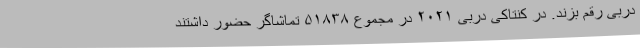
دربی رقم بزند. در کنتاکی دربی ۲۰۲۱ در مجموع ۵۱۸۳۸ تماشاگر حضور داشتند